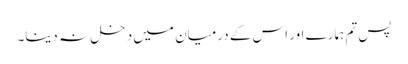
پس تم ہمارے اور اس کے درمیان میں دخل نہ دینا۔